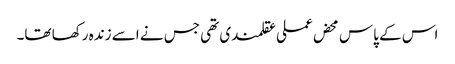
اس کے پاس محض عملی عقلمندی تھی جس نے اسے زندہ رکھا تھا۔